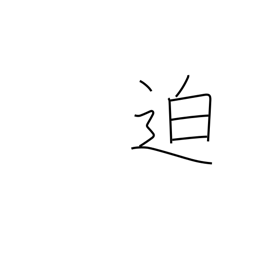
Meaning: imminent